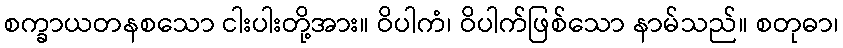
စက္ခာယတနစသော ငါးပါးတို့အား။ ဝိပါကံ၊ ဝိပါက်ဖြစ်သော နာမ်သည်။ စတုဓာ၊